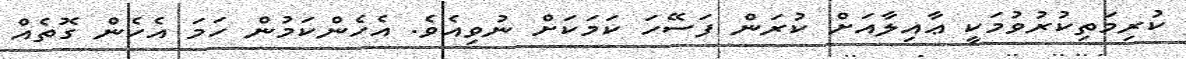
ކުރިމަތިކުރުވުމަކީ ޢާއިލާއަށް ކުރަން ފަސޭހަ ކަމަކަށް ނުވިއެވެ. އެހެންކަމުން ހަމަ އެހެން ގޮތެއް